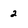
Character: 2